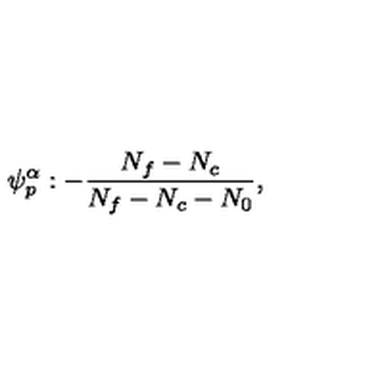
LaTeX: \psi _ { p } ^ { \alpha } : - \frac { N _ { f } - N _ { c } } { N _ { f } - N _ { c } - N _ { 0 } } ,